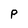
Character: P